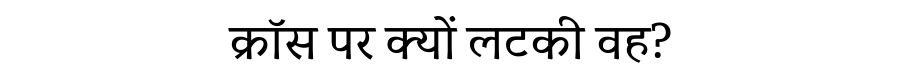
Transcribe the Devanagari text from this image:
क्रॉस पर क्यों लटकी वह?